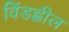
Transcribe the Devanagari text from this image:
विंडह्वील